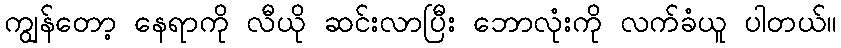
ကျွန်တော့ နေရာကို လီယို ဆင်းလာပြီး ဘောလုံးကို လက်ခံယူ ပါတယ်။